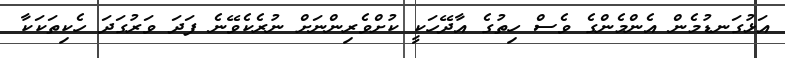
އަޅުގަނޑުމެން އެންމެންގެ ވެސް ހިތުގެ އާދޭހަކީ ކުށްވެރިންނަށް ނުރެކެވޭނެ ފަދަ ވަރުގަދަ ހެކިތަކަކާ